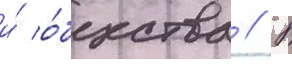
и́ о́бщества // В